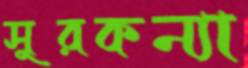
সুরকন্যা